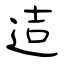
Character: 迼